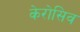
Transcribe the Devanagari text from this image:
केरोसिव